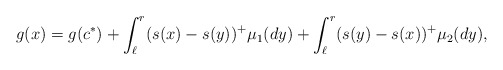
\begin{align*}g(x)=g(c^*)+\int_{\ell}^r (s(x)-s(y))^+ \mu_1(dy)+\int_{\ell}^r (s(y)-s(x))^+ \mu_2(dy),\end{align*}